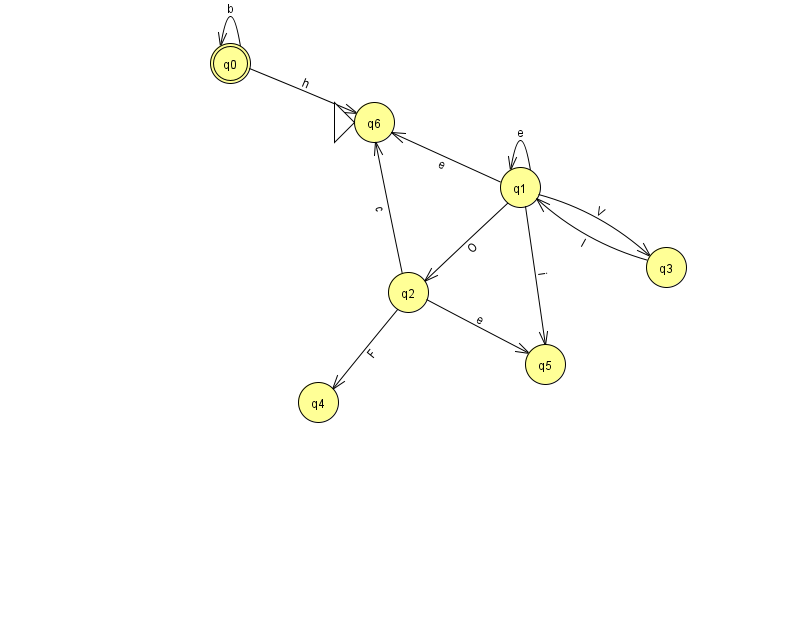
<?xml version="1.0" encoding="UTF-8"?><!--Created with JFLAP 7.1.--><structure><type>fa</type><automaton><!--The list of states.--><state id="0" name="q0"><x>230.0</x><y>50.0</y><final/></state><state id="1" name="q1"><x>520.0</x><y>174.0</y></state><state id="2" name="q2"><x>408.0</x><y>279.0</y></state><state id="3" name="q3"><x>666.0</x><y>254.0</y></state><state id="4" name="q4"><x>318.0</x><y>389.0</y></state><state id="5" name="q5"><x>545.0</x><y>351.0</y></state><state id="6" name="q6"><x>374.0</x><y>109.0</y><initial/></state><!--The list of transitions.--><transition><from>0</from><to>0</to><read>b</read></transition><transition><from>1</from><to>5</to><read>i</read></transition><transition><from>1</from><to>1</to><read>e</read></transition><transition><from>2</from><to>4</to><read>F</read></transition><transition><from>3</from><to>1</to><read>I</read></transition><transition><from>1</from><to>3</to><read>V</read></transition><transition><from>1</from><to>2</to><read>O</read></transition><transition><from>2</from><to>5</to><read>e</read></transition><transition><from>0</from><to>6</to><read>h</read></transition><transition><from>1</from><to>6</to><read>e</read></transition><transition><from>2</from><to>6</to><read>c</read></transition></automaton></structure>